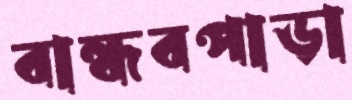
বান্ধবপাড়া